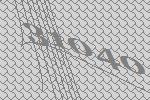
31040